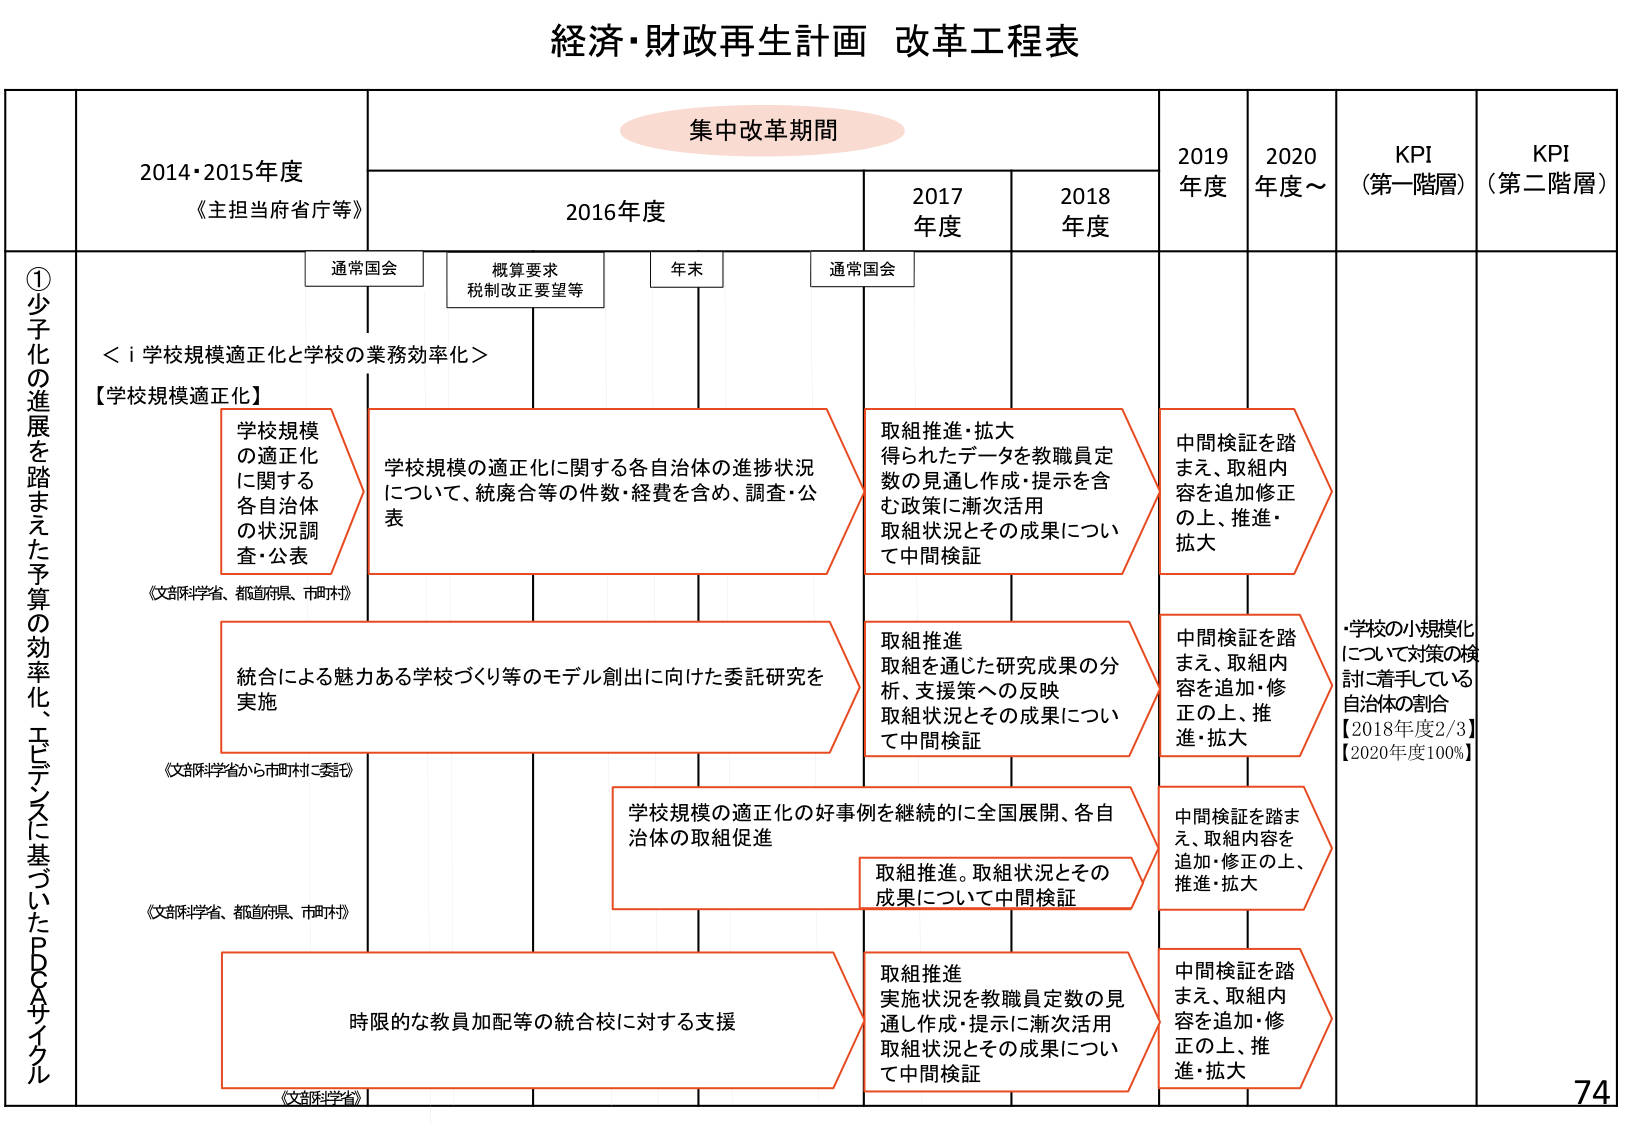
経済・財政再生計画 改革工程表

集中改革期間

2014・2015年度
《主担当府省庁等》

2016年度

2017年度

2018年度

2019年度

2020年度～

KPI（第一階層）

KPI（第二階層）

①少子化の進展を踏まえた予算の効率化、エビデンスに基づいたPDCAサイクル

通常国会

概算要求
税制改正要望等

年末

通常国会

＜i 学校規模適正化と学校の業務効率化＞

【学校規模適正化】

学校規模の適正化に関する各自治体の状況調査・公表
《文部科学省、都道府県、市町村》

学校規模の適正化に関する各自治体の進捗状況について、統廃合等の件数・経費を含め、調査・公表

取組推進・拡大
得られたデータを教職員定数の見通し作成・提示を含む政策に漸次活用
取組状況とその成果について中間検証

中間検証を踏まえ、取組内容を追加修正の上、推進・拡大

統合による魅力ある学校づくり等のモデル創出に向けた委託研究を実施
《文部科学省から市町村に委託》

取組推進
取組を通じた研究成果の分析、支援策への反映
取組状況とその成果について中間検証

中間検証を踏まえ、取組内容を追加・修正の上、推進・拡大

・学校の小規模化について対策の検討に着手している自治体の割合
【2018年度2/3】
【2020年度100%】

学校規模の適正化の好事例を継続的に全国展開、各自治体の取組促進
《文部科学省、都道府県、市町村》

取組推進。取組状況とその成果について中間検証

中間検証を踏まえ、取組内容を追加・修正の上、推進・拡大

時限的な教員加配等の統合校に対する支援
《文部科学省》

取組推進
実施状況を教職員定数の見通し作成・提示に漸次活用
取組状況とその成果について中間検証

中間検証を踏まえ、取組内容を追加・修正の上、推進・拡大

74